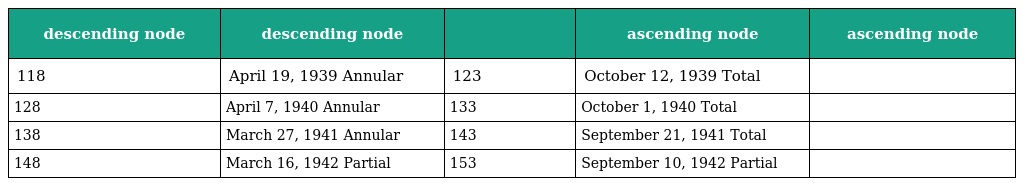
| descending node | descending node |  | ascending node | ascending node |
 | --- | --- | --- | --- | --- |
 | 118 | April 19, 1939 Annular | 123 | October 12, 1939 Total |  |
 | 128 | April 7, 1940 Annular | 133 | October 1, 1940 Total |  |
 | 138 | March 27, 1941 Annular | 143 | September 21, 1941 Total |  |
 | 148 | March 16, 1942 Partial | 153 | September 10, 1942 Partial |  |